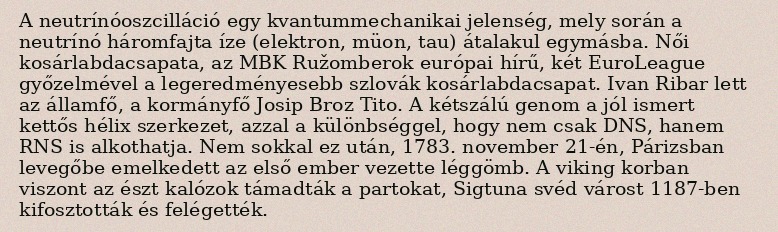
A neutrínóoszcilláció egy kvantummechanikai jelenség, mely során a neutrínó háromfajta íze (elektron, müon, tau) átalakul egymásba. Női kosárlabdacsapata, az MBK Ružomberok európai hírű, két EuroLeague győzelmével a legeredményesebb szlovák kosárlabdacsapat. Ivan Ribar lett az államfő, a kormányfő Josip Broz Tito. A kétszálú genom a jól ismert kettős hélix szerkezet, azzal a különbséggel, hogy nem csak DNS, hanem RNS is alkothatja. Nem sokkal ez után, 1783. november 21-én, Párizsban levegőbe emelkedett az első ember vezette léggömb. A viking korban viszont az észt kalózok támadták a partokat, Sigtuna svéd várost 1187-ben kifosztották és felégették.